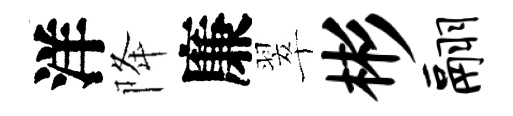
洋降廉翠彬翮